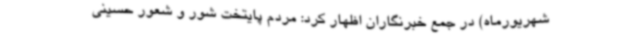
شهریورماه) در جمع خبرنگاران اظهار کرد: مردم پایتخت شور و شعور حسینی